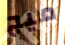
ميج